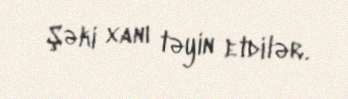
Şəki xanı təyin etdilər.